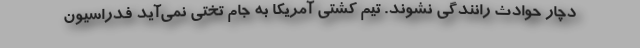
دچار حوادث رانندگی نشوند. تیم کشتی آمریکا به جام تختی نمی‌آید فدراسیون